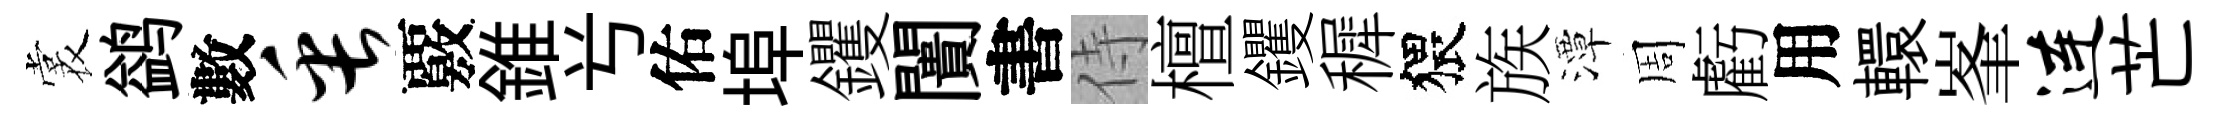
裳鹢數缶覈錐𠔃佑埠钁闠書侍檀钁穉猥族潭周虧用轘峯连芒